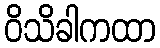
ဝိသိခါကထာ